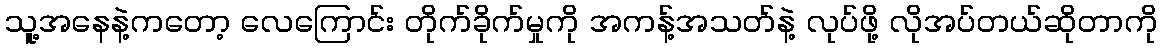
သူ့အနေနဲ့ကတော့ လေကြောင်း တိုက်ခိုက်မှုကို အကန့်အသတ်နဲ့ လုပ်ဖို့ လိုအပ်တယ်ဆိုတာကို